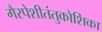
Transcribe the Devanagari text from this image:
गैरपेशीतंतुकोशिका